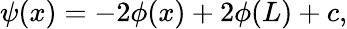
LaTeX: \psi(x)=-2\phi(x)+2\phi(L)+c,